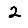
Digit: 2